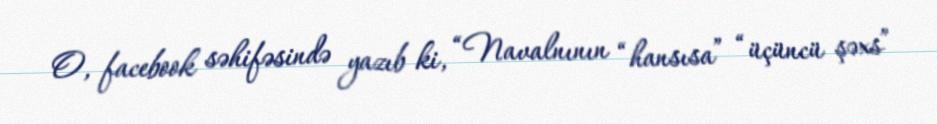
O, facebook səhifəsində yazıb ki, “Navalnının “hansısa” “üçüncü şəxs”